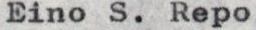
Eino S. Repo